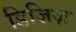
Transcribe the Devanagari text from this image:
डिज़िज़